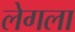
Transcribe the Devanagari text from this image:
लेगला